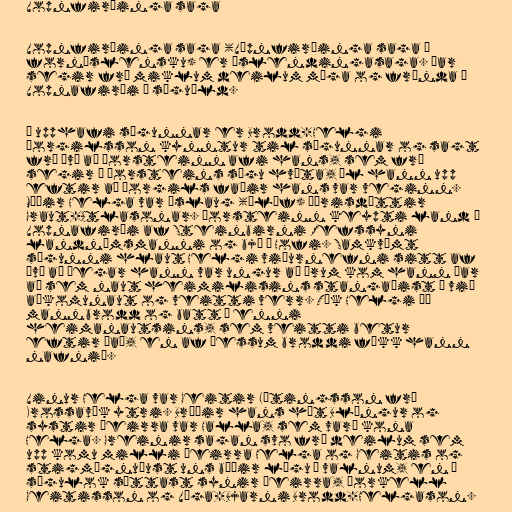
Vopnfirðinga saga

Vopnfirðinga saga (Vápnfirðinga saga í
forníslensku) er Íslendingasaga. Þar
segir frá miklum deilum mága og frænda í
Vopnafirði á söguöld.

Í upphafi sögunnar er Brodd-Helgi
Þorgilsson kynntur til sögunnar og sagt
frá því að Þorsteinn afi hans, sem frá
segir í Þorsteins sögu hvíta, ól hann upp
eftir að Þorgils faðir hans var veginn.
Móðir Helga var Áslaug (Ólöf) Þórisdóttir
Graut-Atlasonar. Þorsteinn keypti land í
Vopnafirði af Steinbirni Refssyni
landnámsmanni og bjó á Hofi. Samkvæmt
sögunni hlaut Helgi viðurnefni sitt af
því að þegar hann var ungur að árum kom hann þar
að sem naut heimilisins stangaðist á við
aðkomunaut og veitti verr. Tók Helgi þá
mannbrodd og batt á enni
heimanautsins, sem veitti betur
eftir það, en af þessum broddi fékk hann
nafnið.

Vinur Helga var Geitir Lýtingsson frá
Krossavík ytri. Bróðir hans hét Blængur og
systir þeirra var Halla, sem varð kona
Helga. Greinir sagan svo frá deilum sem
upp komu milli þeirra Helga og Geitis og
stigmögnuðust uns báðir lágu í valnum, en í
sögulok sættast synir þeirra, Þorkell
Geitisson og Víga-Bjarni Brodd-Helgason.